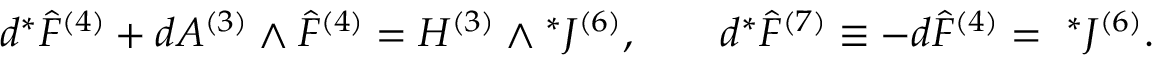
d { } ^ { * } { \hat { F } } ^ { ( 4 ) } + d A ^ { ( 3 ) } \wedge { \hat { F } } ^ { ( 4 ) } = H ^ { ( 3 ) } \wedge { } ^ { * } J ^ { ( 6 ) } , \qquad d { } ^ { * } { \hat { F } } ^ { ( 7 ) } \equiv - d { \hat { F } } ^ { ( 4 ) } = { ~ } ^ { * } J ^ { ( 6 ) } .